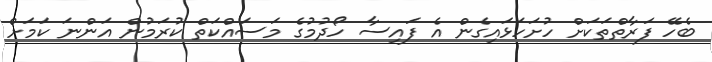
ބެހޭ ފަރާތްތަކަށް ހުށަހަޅައިގެން އެ ފައިސާ ހޯދުމުގެ މަސައްކަތް ކުރަމުން އަންނަ ކަމަށް